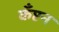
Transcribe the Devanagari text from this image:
कँप्टन